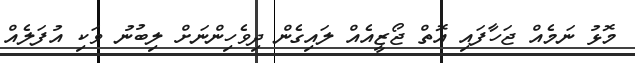
މޮޅު ނަމެއް ޖަހާފައި އޮތް ޖޯޒީއެއް ލައިގެން ދިވެހިންނަށް ލިބުނު ވަކި އުފަލެއް